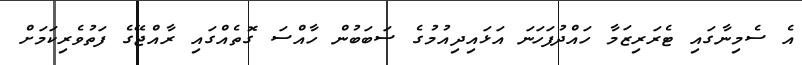
އެ ސެމިނާގައި ޓެރަރިޒަމާ ހައްދުފަހަނަ އަޅައިދިއުމުގެ ސަބަބުން ހާއްސަ ގޮތެއްގައި ރާއްޖޭގެ ފަތުވެރިކަމަށް